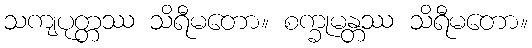
သကျပုတ္တဿ သိရီမတော။ စက္ခုမန္တဿ သိရီမတော။